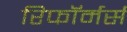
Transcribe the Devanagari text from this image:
रिफॉर्मर्स